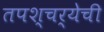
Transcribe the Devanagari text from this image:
तपश्चर्येची